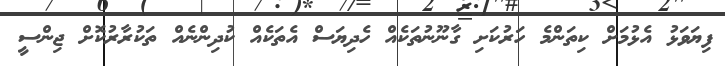
ފިޔަވަޅު އެޅުމަށް ކިތަންމެ ހަރުކަށި ގާނޫނުތަކެއް ހެދިޔަސް އެތަކެއް ކުދިންނެއް ތަކުރާރުކޮށް ޖިންސީ